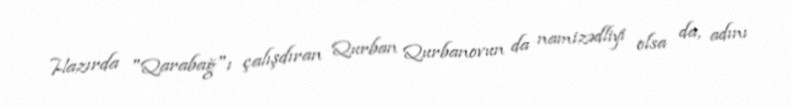
Hazırda "Qarabağ"ı çalışdıran Qurban Qurbanovun da namizədliyi olsa da, adını